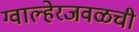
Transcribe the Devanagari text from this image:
ग्वाल्हेरजवळची